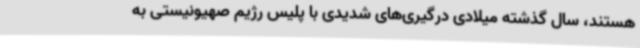
هستند، سال گذشته میلادی درگیری‌های شدیدی با پلیس رژیم صهیونیستی به